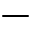
-